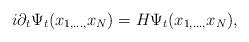
LaTeX: \begin{align*} i\partial_{t}\Psi_{t}(x_{1,\ldots,}x_{N})=H\Psi_{t}(x_{1,\ldots,}x_{N}),\end{align*}